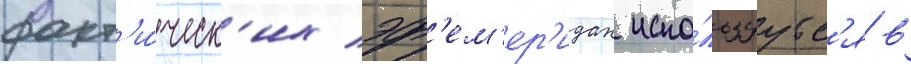
факт'и́ческ'их эф'ем'ер'идах испо́льзуутс'я в